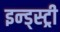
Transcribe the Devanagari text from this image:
इन्ड्स्ट्री